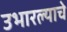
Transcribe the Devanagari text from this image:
उभारल्याचे